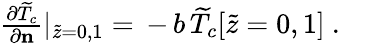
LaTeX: \begin{array}{r}{\frac{\partial{\widetilde{T}_{c}}}{\partial{\mathbf n}}\vert_{\widetilde{z}=0,1}=\, -\, b\, \widetilde{T}_{c}[\widetilde{z}=0,1]\ .\ \ \ }\end{array}